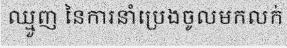
ឈ្មួញ នៃការនាំប្រេងចូលមកលក់